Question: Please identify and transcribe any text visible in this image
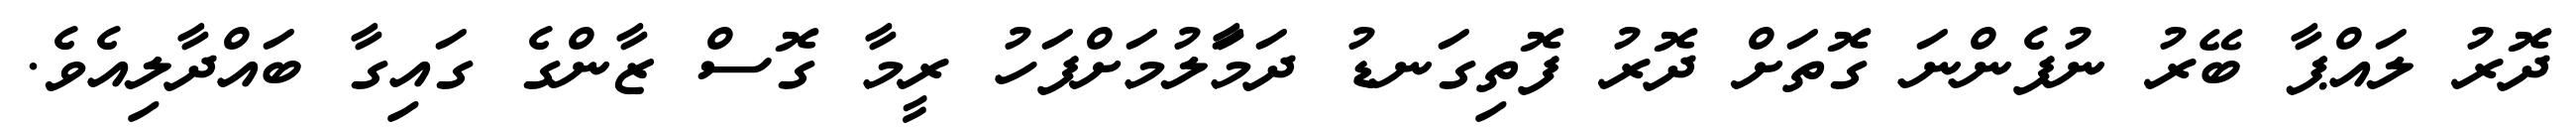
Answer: ދޮރު ލައްޕާ ބޭރު ނުފެންނަ ގޮތަށް ދޮރު ފޮތިގަނޑު ދަމާަލުމަށްފަހު ރީމާ ގޮސް ޒާންގެ ގައިގާ ބައްދާލިއެވެ.